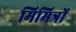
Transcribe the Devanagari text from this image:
मिमित्रों